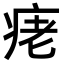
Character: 𤶁